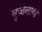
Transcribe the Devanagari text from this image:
बृजनाथ